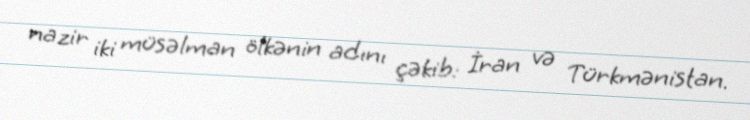
nazir iki müsəlman ölkənin adını çəkib: İran və Türkmənistan.